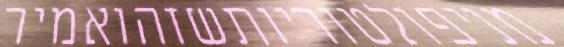
מניפולטוריותשזהואמיר